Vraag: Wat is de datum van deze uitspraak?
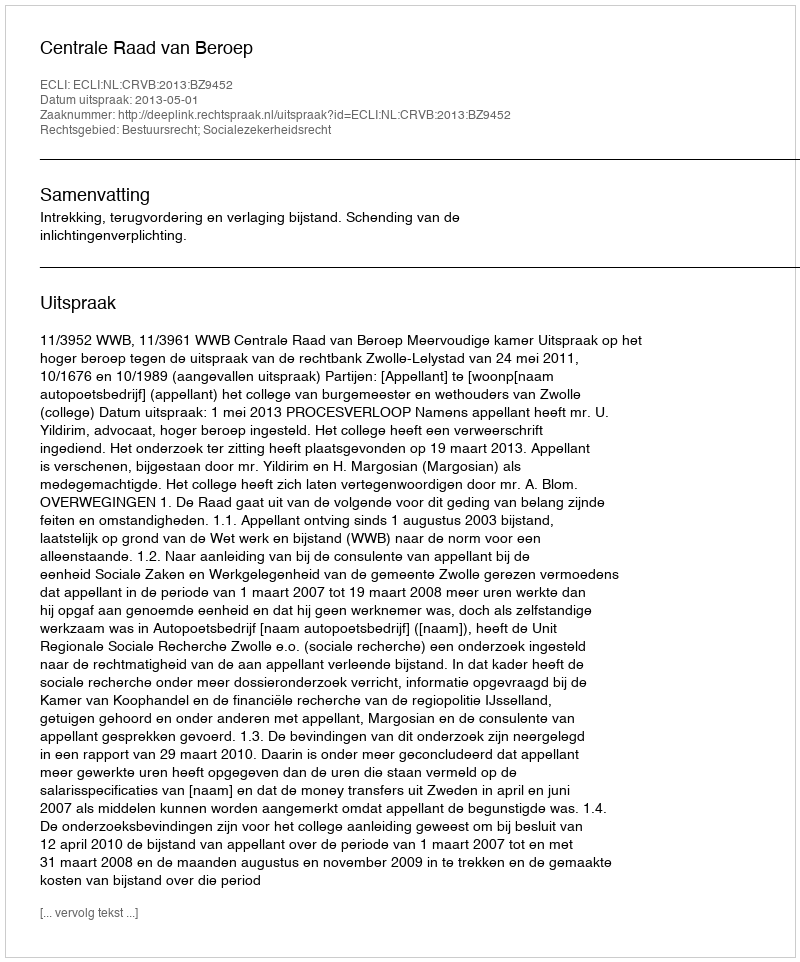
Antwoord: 2013-05-01